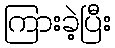
ကြားခဲ့ပြီး